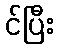
င်ပြီး